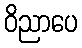
ဝိညာပေ